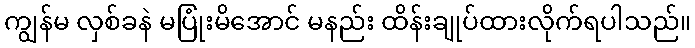
ကျွန်မ လှစ်ခနဲ မပြုံးမိအောင် မနည်း ထိန်းချုပ်ထားလိုက်ရပါသည်။